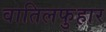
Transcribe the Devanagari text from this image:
वातिलफुहार